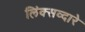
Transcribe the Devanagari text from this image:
लिंक्सव्दारे